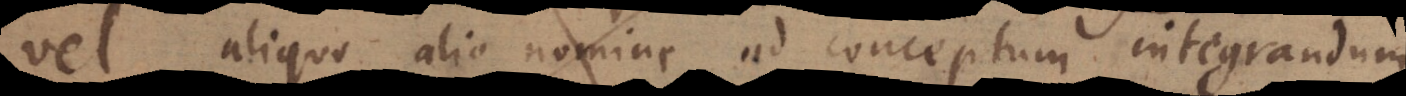
vel aliquo alio nomine ad conceptum integrandum